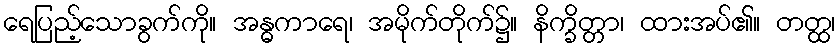
ရေပြည့်သောခွက်ကို။ အန္ဓကာရေ၊ အမိုက်တိုက်၌။ နိက္ခိတ္တာ၊ ထားအပ်၏။ တတ္ထ၊